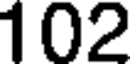
102